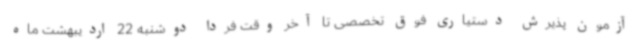
آزمون پذیرش دستیاری فوق تخصصی تا آخر وقت فردا دوشنبه 22 اردیبهشت ماه